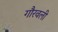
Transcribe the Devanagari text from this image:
गौरवली